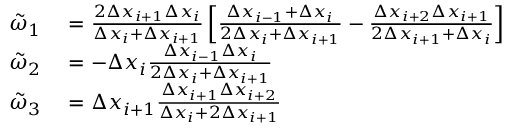
\begin{array} { r l } { \tilde { \omega } _ { 1 } } & { { } = \frac { 2 \Delta x _ { i + 1 } \Delta x _ { i } } { \Delta x _ { i } + \Delta x _ { i + 1 } } \left[ \frac { \Delta x _ { i - 1 } + \Delta x _ { i } } { 2 \Delta x _ { i } + \Delta x _ { i + 1 } } - \frac { \Delta x _ { i + 2 } \Delta x _ { i + 1 } } { 2 \Delta x _ { i + 1 } + \Delta x _ { i } } \right] } \\ { \tilde { \omega } _ { 2 } } & { { } = - \Delta x _ { i } \frac { \Delta x _ { i - 1 } \Delta x _ { i } } { 2 \Delta x _ { i } + \Delta x _ { i + 1 } } } \\ { \tilde { \omega } _ { 3 } } & { { } = \Delta x _ { i + 1 } \frac { \Delta x _ { i + 1 } \Delta x _ { i + 2 } } { \Delta x _ { i } + 2 \Delta x _ { i + 1 } } } \end{array}